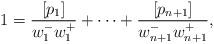
LaTeX: \begin{align*} 1= \frac{[p_1]}{w_1^- w_1^+} + \cdots + \frac{[p_{n+1}]}{w_{n+1}^- w_{n+1}^+},\end{align*}